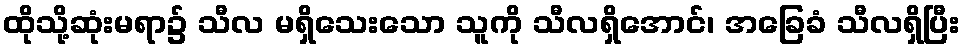
ထိုသို့ဆုံးမရာ၌ သီလ မရှိသေးသော သူကို သီလရှိအောင်၊ အခြေခံ သီလရှိပြီး